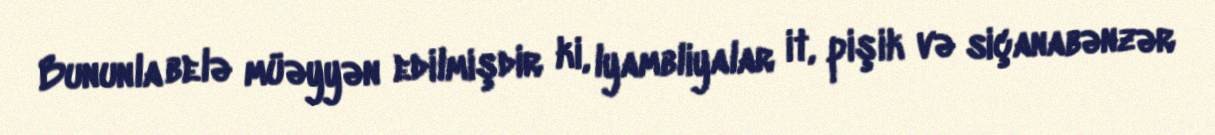
Bununla belə müəyyən edilmişdir ki, lyambliyalar it, pişik və siçanabənzər